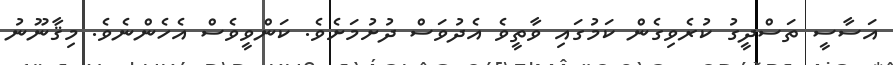
އަސާސީ ތަސްދީގު ކުރެވިގެން ކަމުގައި ވާތީވެ އެދުވަސް ދުށުމަށެވެ. ކަންވީވެސް އެހެންނެވެ. މިޤާނޫނު